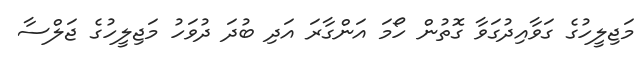
މަޖިލީހުގެ ގަވާއިދުގަވާ ގޮތުން ހޯމަ އަންގާރަ އަދި ބުދަ ދުވަހު މަޖިލީހުގެ ޖަލްސާ